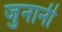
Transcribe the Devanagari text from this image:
जुनानी